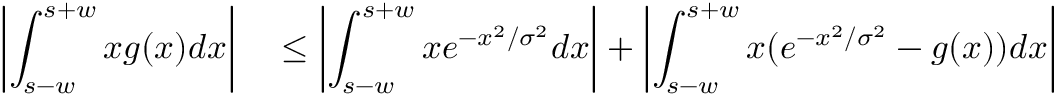
\begin{array} { r l } { \left| \displaystyle \int _ { s - w } ^ { s + w } x g ( x ) d x \right| } & { { } \le \left| \displaystyle \int _ { s - w } ^ { s + w } x e ^ { - x ^ { 2 } / \sigma ^ { 2 } } d x \right| + \left| \displaystyle \int _ { s - w } ^ { s + w } x ( e ^ { - x ^ { 2 } / \sigma ^ { 2 } } - g ( x ) ) d x \right| } \end{array}